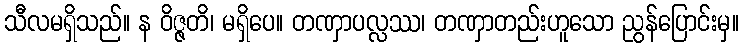
သီလမရှိသည်။ န ဝိဇ္ဇတိ၊ မရှိပေ။ တဏှာပလ္လဿ၊ တဏှာတည်းဟူသော ညွန်ပြောင်းမှ။